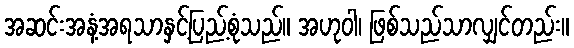
အဆင်းအနံ့အရသာနှင့်ပြည့်စုံသည်။ အဟုဝါ၊ ဖြစ်သည်သာလျှင်တည်း။